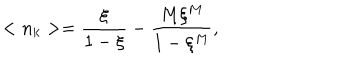
< n _ { k } > = \frac { \xi } { 1 - \xi } - \frac { M \xi ^ { M } } { 1 - \xi ^ { M } } ,